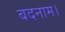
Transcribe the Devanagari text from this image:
बदनाम।